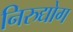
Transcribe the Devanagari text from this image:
निरुद्योग